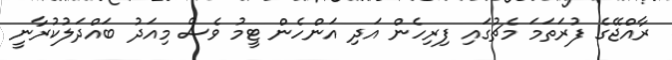
ރާއްޖޭގެ ފުރަތަމަ މެޗުގައި ފިރިހެން އަދި އަންހެން ޓީމު ވެސް މިއަދު ބައްދަލުކުރާނީ